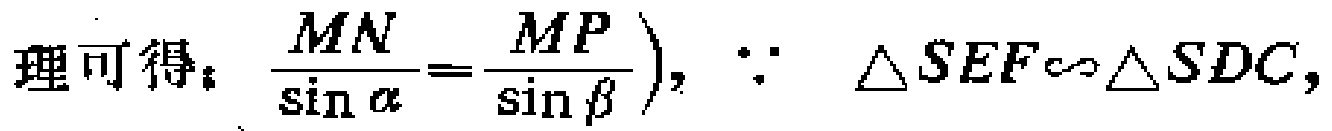
理可得：$\dfrac{MN}{\sin \alpha}=\dfrac{MP}{\sin \beta})$，$\because \triangle SEF\sim \triangle SDC$，